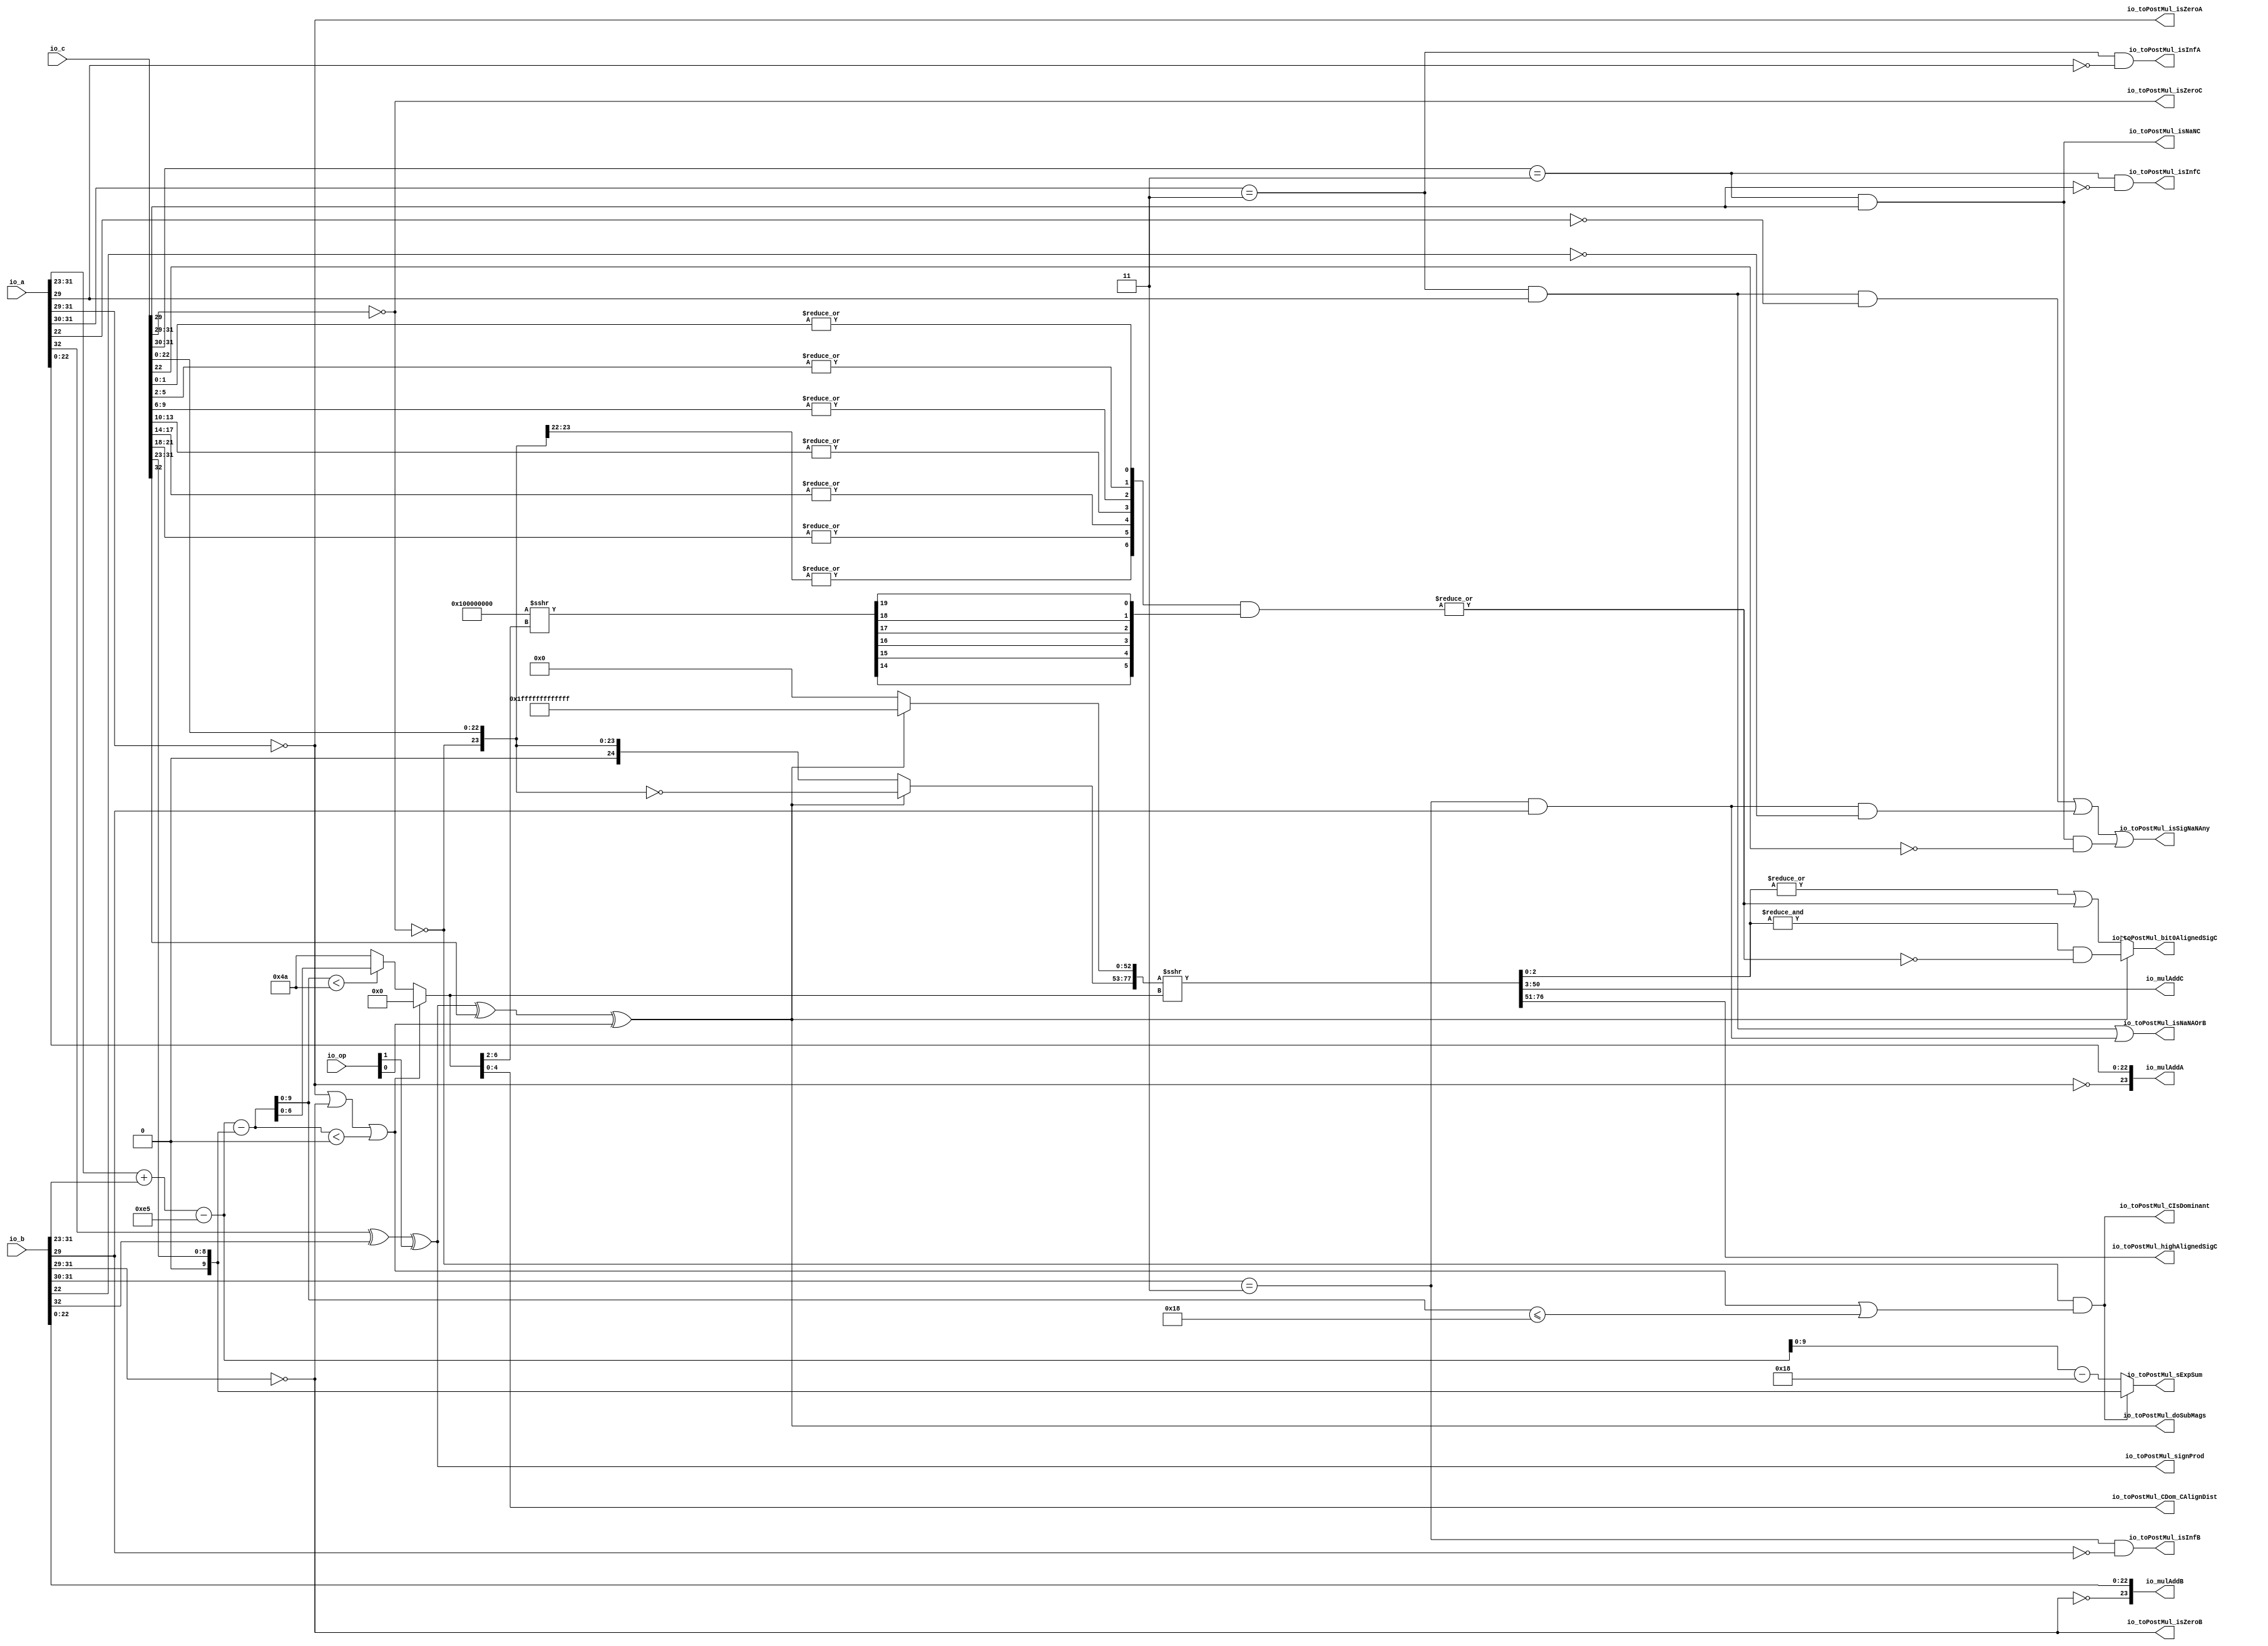
module MulAddRecFNToRaw_preMul(
  input  [1:0]  io_op,
  input  [32:0] io_a,
  input  [32:0] io_b,
  input  [32:0] io_c,
  output [23:0] io_mulAddA,
  output [23:0] io_mulAddB,
  output [47:0] io_mulAddC,
  output        io_toPostMul_isSigNaNAny,
  output        io_toPostMul_isNaNAOrB,
  output        io_toPostMul_isInfA,
  output        io_toPostMul_isZeroA,
  output        io_toPostMul_isInfB,
  output        io_toPostMul_isZeroB,
  output        io_toPostMul_signProd,
  output        io_toPostMul_isNaNC,
  output        io_toPostMul_isInfC,
  output        io_toPostMul_isZeroC,
  output [9:0]  io_toPostMul_sExpSum,
  output        io_toPostMul_doSubMags,
  output        io_toPostMul_CIsDominant,
  output [4:0]  io_toPostMul_CDom_CAlignDist,
  output [25:0] io_toPostMul_highAlignedSigC,
  output        io_toPostMul_bit0AlignedSigC
);
  wire [8:0] rawA_exp = io_a[31:23]; // @[rawFloatFromRecFN.scala 50:21]
  wire  rawA_isZero = rawA_exp[8:6] == 3'h0; // @[rawFloatFromRecFN.scala 51:54]
  wire  rawA_isSpecial = rawA_exp[8:7] == 2'h3; // @[rawFloatFromRecFN.scala 52:54]
  wire  rawA__isNaN = rawA_isSpecial & rawA_exp[6]; // @[rawFloatFromRecFN.scala 55:33]
  wire  rawA__sign = io_a[32]; // @[rawFloatFromRecFN.scala 58:25]
  wire [9:0] rawA__sExp = {1'b0,$signed(rawA_exp)}; // @[rawFloatFromRecFN.scala 59:27]
  wire  _rawA_out_sig_T = ~rawA_isZero; // @[rawFloatFromRecFN.scala 60:39]
  wire [24:0] rawA__sig = {1'h0,_rawA_out_sig_T,io_a[22:0]}; // @[Cat.scala 31:58]
  wire [8:0] rawB_exp = io_b[31:23]; // @[rawFloatFromRecFN.scala 50:21]
  wire  rawB_isZero = rawB_exp[8:6] == 3'h0; // @[rawFloatFromRecFN.scala 51:54]
  wire  rawB_isSpecial = rawB_exp[8:7] == 2'h3; // @[rawFloatFromRecFN.scala 52:54]
  wire  rawB__isNaN = rawB_isSpecial & rawB_exp[6]; // @[rawFloatFromRecFN.scala 55:33]
  wire  rawB__sign = io_b[32]; // @[rawFloatFromRecFN.scala 58:25]
  wire [9:0] rawB__sExp = {1'b0,$signed(rawB_exp)}; // @[rawFloatFromRecFN.scala 59:27]
  wire  _rawB_out_sig_T = ~rawB_isZero; // @[rawFloatFromRecFN.scala 60:39]
  wire [24:0] rawB__sig = {1'h0,_rawB_out_sig_T,io_b[22:0]}; // @[Cat.scala 31:58]
  wire [8:0] rawC_exp = io_c[31:23]; // @[rawFloatFromRecFN.scala 50:21]
  wire  rawC_isZero = rawC_exp[8:6] == 3'h0; // @[rawFloatFromRecFN.scala 51:54]
  wire  rawC_isSpecial = rawC_exp[8:7] == 2'h3; // @[rawFloatFromRecFN.scala 52:54]
  wire  rawC__isNaN = rawC_isSpecial & rawC_exp[6]; // @[rawFloatFromRecFN.scala 55:33]
  wire  rawC__sign = io_c[32]; // @[rawFloatFromRecFN.scala 58:25]
  wire [9:0] rawC__sExp = {1'b0,$signed(rawC_exp)}; // @[rawFloatFromRecFN.scala 59:27]
  wire  _rawC_out_sig_T = ~rawC_isZero; // @[rawFloatFromRecFN.scala 60:39]
  wire [24:0] rawC__sig = {1'h0,_rawC_out_sig_T,io_c[22:0]}; // @[Cat.scala 31:58]
  wire  signProd = rawA__sign ^ rawB__sign ^ io_op[1]; // @[MulAddRecFN.scala 95:42]
  wire [10:0] _sExpAlignedProd_T = $signed(rawA__sExp) + $signed(rawB__sExp); // @[MulAddRecFN.scala 98:19]
  wire [10:0] sExpAlignedProd = $signed(_sExpAlignedProd_T) - 11'she5; // @[MulAddRecFN.scala 98:32]
  wire  doSubMags = signProd ^ rawC__sign ^ io_op[0]; // @[MulAddRecFN.scala 100:42]
  wire [10:0] _GEN_0 = {{1{rawC__sExp[9]}},rawC__sExp}; // @[MulAddRecFN.scala 104:42]
  wire [10:0] sNatCAlignDist = $signed(sExpAlignedProd) - $signed(_GEN_0); // @[MulAddRecFN.scala 104:42]
  wire [9:0] posNatCAlignDist = sNatCAlignDist[9:0]; // @[MulAddRecFN.scala 105:42]
  wire  isMinCAlign = rawA_isZero | rawB_isZero | $signed(sNatCAlignDist) < 11'sh0; // @[MulAddRecFN.scala 106:50]
  wire  CIsDominant = _rawC_out_sig_T & (isMinCAlign | posNatCAlignDist <= 10'h18); // @[MulAddRecFN.scala 108:23]
  wire [6:0] _CAlignDist_T_2 = posNatCAlignDist < 10'h4a ? posNatCAlignDist[6:0] : 7'h4a; // @[MulAddRecFN.scala 112:16]
  wire [6:0] CAlignDist = isMinCAlign ? 7'h0 : _CAlignDist_T_2; // @[MulAddRecFN.scala 110:12]
  wire [24:0] _mainAlignedSigC_T = ~rawC__sig; // @[MulAddRecFN.scala 118:28]
  wire [24:0] _mainAlignedSigC_T_1 = doSubMags ? _mainAlignedSigC_T : rawC__sig; // @[MulAddRecFN.scala 118:16]
  wire [52:0] _mainAlignedSigC_T_3 = doSubMags ? 53'h1fffffffffffff : 53'h0; // @[Bitwise.scala 74:12]
  wire [77:0] _mainAlignedSigC_T_5 = {_mainAlignedSigC_T_1,_mainAlignedSigC_T_3}; // @[MulAddRecFN.scala 120:11]
  wire [77:0] mainAlignedSigC = $signed(_mainAlignedSigC_T_5) >>> CAlignDist; // @[MulAddRecFN.scala 120:17]
  wire [26:0] _reduced4CExtra_T = {rawC__sig, 2'h0}; // @[MulAddRecFN.scala 122:30]
  wire  reduced4CExtra_reducedVec_0 = |_reduced4CExtra_T[3:0]; // @[primitives.scala 121:54]
  wire  reduced4CExtra_reducedVec_1 = |_reduced4CExtra_T[7:4]; // @[primitives.scala 121:54]
  wire  reduced4CExtra_reducedVec_2 = |_reduced4CExtra_T[11:8]; // @[primitives.scala 121:54]
  wire  reduced4CExtra_reducedVec_3 = |_reduced4CExtra_T[15:12]; // @[primitives.scala 121:54]
  wire  reduced4CExtra_reducedVec_4 = |_reduced4CExtra_T[19:16]; // @[primitives.scala 121:54]
  wire  reduced4CExtra_reducedVec_5 = |_reduced4CExtra_T[23:20]; // @[primitives.scala 121:54]
  wire  reduced4CExtra_reducedVec_6 = |_reduced4CExtra_T[26:24]; // @[primitives.scala 124:57]
  wire [6:0] _reduced4CExtra_T_1 = {reduced4CExtra_reducedVec_6,reduced4CExtra_reducedVec_5,reduced4CExtra_reducedVec_4,
    reduced4CExtra_reducedVec_3,reduced4CExtra_reducedVec_2,reduced4CExtra_reducedVec_1,reduced4CExtra_reducedVec_0}; // @[primitives.scala 125:20]
  wire [32:0] reduced4CExtra_shift = 33'sh100000000 >>> CAlignDist[6:2]; // @[primitives.scala 77:58]
  wire [5:0] _reduced4CExtra_T_18 = {reduced4CExtra_shift[14],reduced4CExtra_shift[15],reduced4CExtra_shift[16],
    reduced4CExtra_shift[17],reduced4CExtra_shift[18],reduced4CExtra_shift[19]}; // @[Cat.scala 31:58]
  wire [6:0] _GEN_1 = {{1'd0}, _reduced4CExtra_T_18}; // @[MulAddRecFN.scala 122:68]
  wire [6:0] _reduced4CExtra_T_19 = _reduced4CExtra_T_1 & _GEN_1; // @[MulAddRecFN.scala 122:68]
  wire  reduced4CExtra = |_reduced4CExtra_T_19; // @[MulAddRecFN.scala 130:11]
  wire  _alignedSigC_T_4 = &mainAlignedSigC[2:0] & ~reduced4CExtra; // @[MulAddRecFN.scala 134:44]
  wire  _alignedSigC_T_7 = |mainAlignedSigC[2:0] | reduced4CExtra; // @[MulAddRecFN.scala 135:44]
  wire  _alignedSigC_T_8 = doSubMags ? _alignedSigC_T_4 : _alignedSigC_T_7; // @[MulAddRecFN.scala 133:16]
  wire [74:0] alignedSigC_hi = mainAlignedSigC[77:3]; // @[Cat.scala 31:58]
  wire [75:0] alignedSigC = {alignedSigC_hi,_alignedSigC_T_8}; // @[Cat.scala 31:58]
  wire  _io_toPostMul_isSigNaNAny_T_2 = rawA__isNaN & ~rawA__sig[22]; // @[common.scala 82:46]
  wire  _io_toPostMul_isSigNaNAny_T_5 = rawB__isNaN & ~rawB__sig[22]; // @[common.scala 82:46]
  wire  _io_toPostMul_isSigNaNAny_T_9 = rawC__isNaN & ~rawC__sig[22]; // @[common.scala 82:46]
  wire [10:0] _io_toPostMul_sExpSum_T_2 = $signed(sExpAlignedProd) - 11'sh18; // @[MulAddRecFN.scala 158:53]
  wire [10:0] _io_toPostMul_sExpSum_T_3 = CIsDominant ? $signed({{1{rawC__sExp[9]}},rawC__sExp}) : $signed(
    _io_toPostMul_sExpSum_T_2); // @[MulAddRecFN.scala 158:12]
  assign io_mulAddA = rawA__sig[23:0]; // @[MulAddRecFN.scala 141:16]
  assign io_mulAddB = rawB__sig[23:0]; // @[MulAddRecFN.scala 142:16]
  assign io_mulAddC = alignedSigC[48:1]; // @[MulAddRecFN.scala 143:30]
  assign io_toPostMul_isSigNaNAny = _io_toPostMul_isSigNaNAny_T_2 | _io_toPostMul_isSigNaNAny_T_5 |
    _io_toPostMul_isSigNaNAny_T_9; // @[MulAddRecFN.scala 146:58]
  assign io_toPostMul_isNaNAOrB = rawA__isNaN | rawB__isNaN; // @[MulAddRecFN.scala 148:42]
  assign io_toPostMul_isInfA = rawA_isSpecial & ~rawA_exp[6]; // @[rawFloatFromRecFN.scala 56:33]
  assign io_toPostMul_isZeroA = rawA_exp[8:6] == 3'h0; // @[rawFloatFromRecFN.scala 51:54]
  assign io_toPostMul_isInfB = rawB_isSpecial & ~rawB_exp[6]; // @[rawFloatFromRecFN.scala 56:33]
  assign io_toPostMul_isZeroB = rawB_exp[8:6] == 3'h0; // @[rawFloatFromRecFN.scala 51:54]
  assign io_toPostMul_signProd = rawA__sign ^ rawB__sign ^ io_op[1]; // @[MulAddRecFN.scala 95:42]
  assign io_toPostMul_isNaNC = rawC_isSpecial & rawC_exp[6]; // @[rawFloatFromRecFN.scala 55:33]
  assign io_toPostMul_isInfC = rawC_isSpecial & ~rawC_exp[6]; // @[rawFloatFromRecFN.scala 56:33]
  assign io_toPostMul_isZeroC = rawC_exp[8:6] == 3'h0; // @[rawFloatFromRecFN.scala 51:54]
  assign io_toPostMul_sExpSum = _io_toPostMul_sExpSum_T_3[9:0]; // @[MulAddRecFN.scala 157:28]
  assign io_toPostMul_doSubMags = signProd ^ rawC__sign ^ io_op[0]; // @[MulAddRecFN.scala 100:42]
  assign io_toPostMul_CIsDominant = _rawC_out_sig_T & (isMinCAlign | posNatCAlignDist <= 10'h18); // @[MulAddRecFN.scala 108:23]
  assign io_toPostMul_CDom_CAlignDist = CAlignDist[4:0]; // @[MulAddRecFN.scala 161:47]
  assign io_toPostMul_highAlignedSigC = alignedSigC[74:49]; // @[MulAddRecFN.scala 163:20]
  assign io_toPostMul_bit0AlignedSigC = alignedSigC[0]; // @[MulAddRecFN.scala 164:48]
endmodule